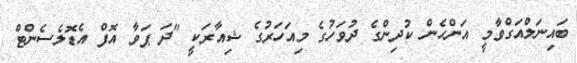
ބައިނަލްއަގްވާމީ އަންހެން ކުދިންގެ ދުވަހުގެ މިއަހަރުގެ ޝިއާރަކީ "ދަ ޕަވާ އޮފް އެޑޮލެސެންޓް